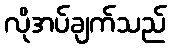
လိုအပ်ချက်သည်